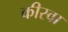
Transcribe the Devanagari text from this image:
कीरवा